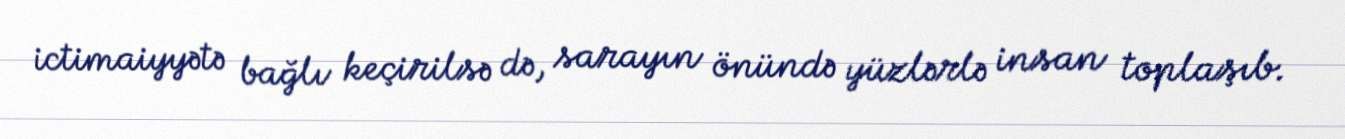
ictimaiyyətə bağlı keçirilsə də, sarayın önündə yüzlərlə insan toplaşıb.